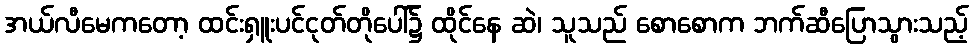
အယ်လီမေကတော့ ထင်းရှူးပင်ငုတ်တိုပေါ်၌ ထိုင်နေ ဆဲ၊ သူသည် စောစောက ဘက်ဆီပြောသွားသည့်